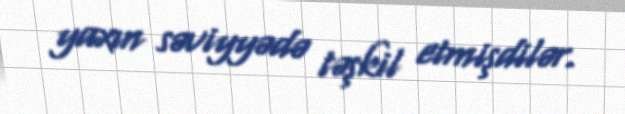
yaxın səviyyədə təşkil etmişdilər.